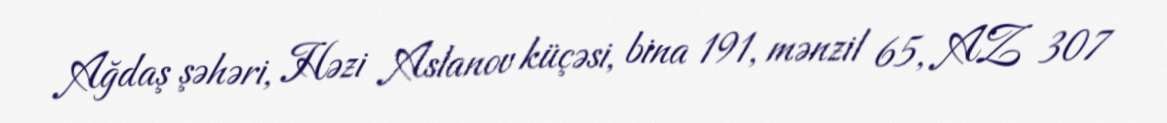
Ağdaş şəhəri, Həzi Aslanov küçəsi, bina 191, mənzil 65, AZ 307